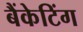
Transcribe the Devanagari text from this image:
बैंकेटिंग